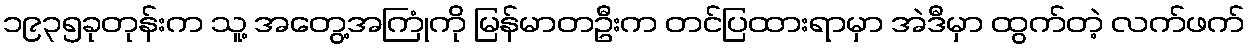
၁၉၃၅ခုတုန်းက သူ့ အတွေ့အကြုံကို မြန်မာတဦးက တင်ပြထားရာမှာ အဲဒီမှာ ထွက်တဲ့ လက်ဖက်